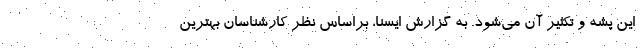
این پشه و تکثیر آن می‌شود. به گزارش ایسنا، براساس نظر کارشناسان بهترین